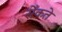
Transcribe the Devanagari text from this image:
सेँकते